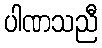
ပါဏသညီ